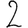
Digit: 2